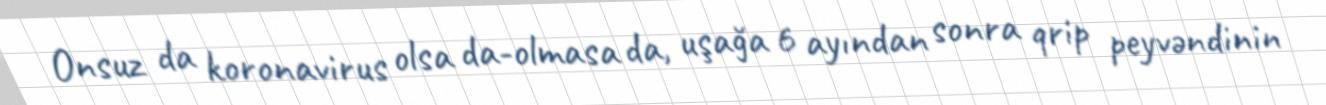
Onsuz da koronavirus olsa da-olmasa da, uşağa 6 ayından sonra qrip peyvəndinin